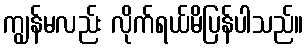
ကျွန်မလည်း လိုက်ရယ်မိပြန်ပါသည်။